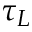
\tau _ { L }